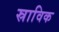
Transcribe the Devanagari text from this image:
स्राविक